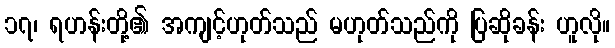
၁၇၊ ရဟန်းတို့၏ အကျင့်ဟုတ်သည် မဟုတ်သည်ကို ပြဆိုခန်း ဟူလို။